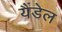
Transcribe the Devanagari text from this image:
यैंडेल